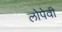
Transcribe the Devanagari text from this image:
लोपेवी